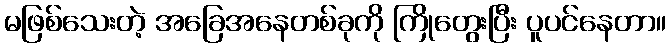
မဖြစ်သေးတဲ့ အခြေအနေတစ်ခုကို ကြိုတွေးပြီး ပူပင်နေတာ။